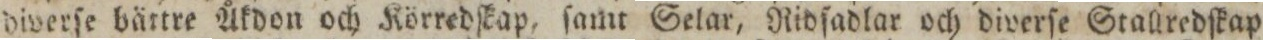
diverſe bättre Åkdon och Körredſkap, ſamt Selar, Ridſadlar och diverſe Stallredſkap